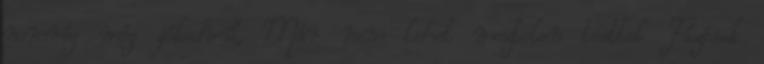
nemrég még jókedvű, Már nem lehet meztelen testtel Fázósak